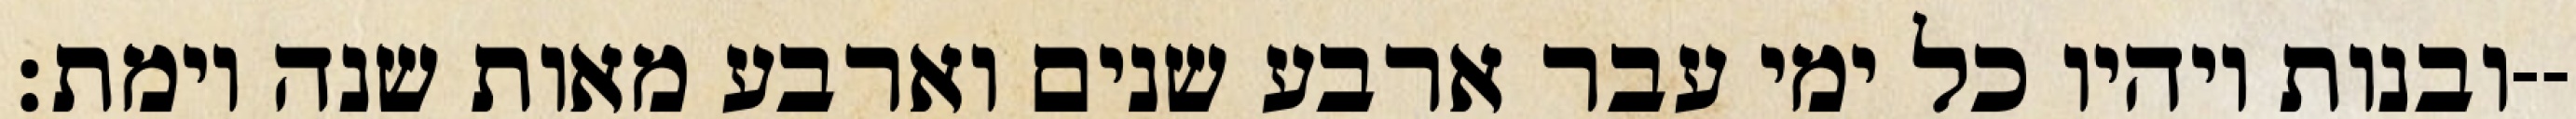
ובנות ויהיו כל ימי עבר ארבע שנים וארבע מאות שנה וימת׃--